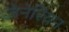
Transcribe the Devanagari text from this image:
जेनेरियन